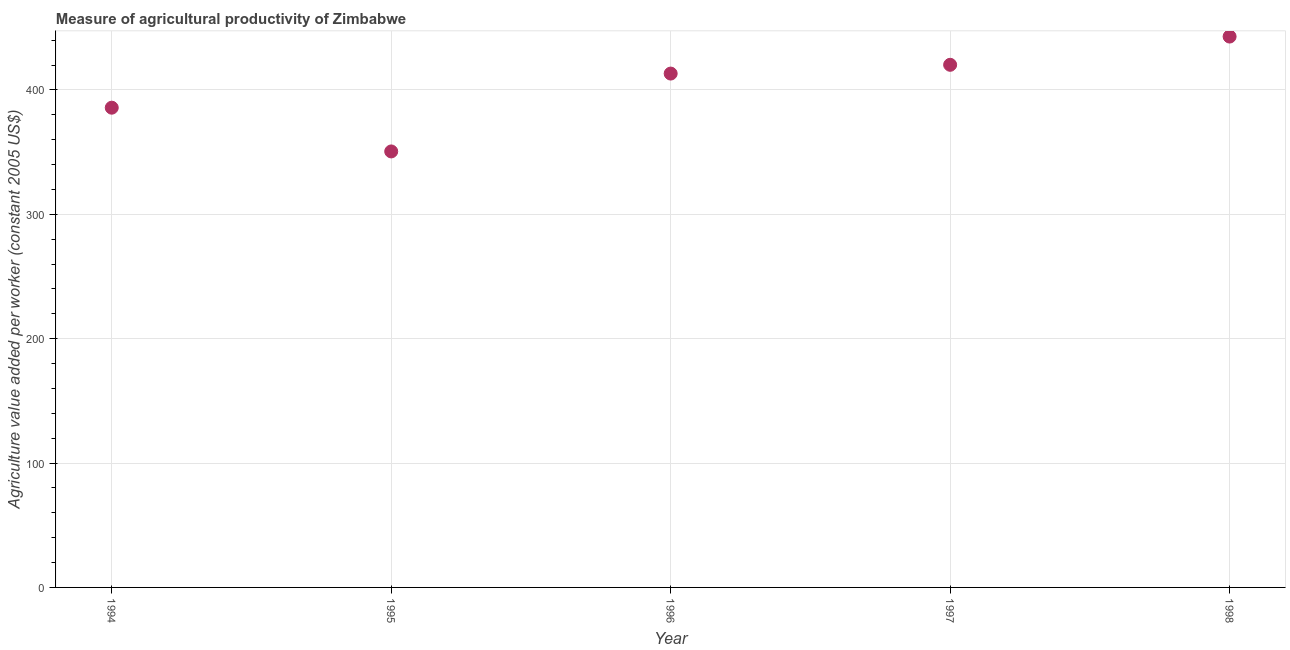
| Year | Agriculture value added per worker |
 | --- | --- |
 | 1994 | 386 |
 | 1995 | 351 |
 | 1996 | 413 |
 | 1997 | 420 |
 | 1998 | 443 |